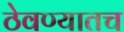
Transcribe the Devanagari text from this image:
ठेवण्यातच